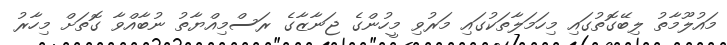
މައުލޫމާތު ލިބޭގޮތުގައި މިހަމަލާތަކުގައި މަރުވި މީހުންގެ ޖަނާޒާގެ ރަސްމިއްޔާތު ނުބާއްވާ ގޮތަށް މިހާރު